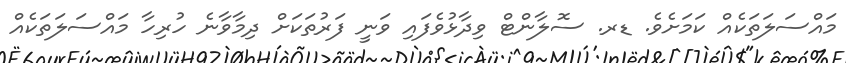
މައްސަލަތަކެއް ކަމަށެވެ. ޑރ. ސޮލާންޓް ވިދާޅުވެފައި ވަނީ ފަރުތަކަށް ދިމާވާނެ ހުރިހާ މައްސަލަތަކެއް